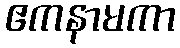
ဧကနာမကာ